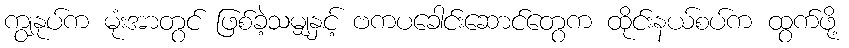
ကျွနုပ်က မုံးအာတွင် ဖြစ်ခဲ့သမျှနှင့် ဗကပခေါင်းဆောင်တွေက ထိုင်းနယ်စပ်က ထွက်ဖို့